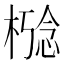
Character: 𪳋